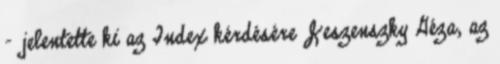
- jelentette ki az Index kérdésére Jeszenszky Géza, az